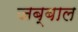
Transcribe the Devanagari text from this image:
जब्बाल